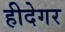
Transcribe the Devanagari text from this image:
हीदेगर